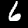
Digit: 6